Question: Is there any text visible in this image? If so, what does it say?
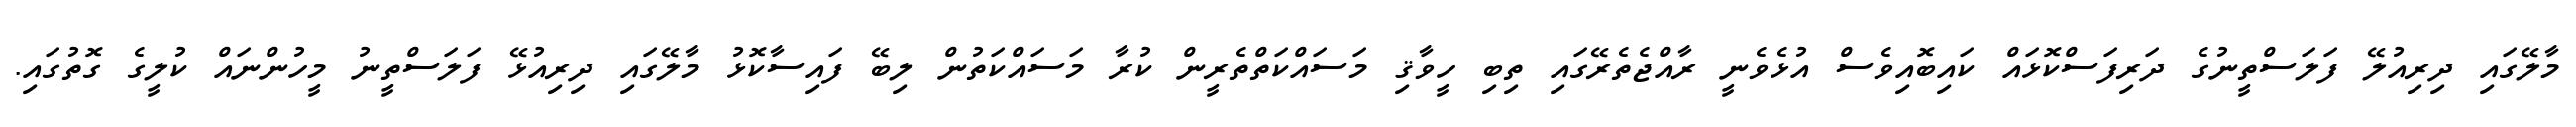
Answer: މާލޭގައި ދިރިއުލޭ ފަލަސްތީނުގެ ދަރިފަސްކޮޅައް ކައިބޮއިވެސް އުޅެވެނީ ރާއްޖެތެރޭގައި ތިބި ހީވާޤި މަސައްކަތްތެރީން ކުރާ މަސައްކަތުން ލިބޭ ފައިސާކޮޅު މާލޭގައި ދިރިއުޅޭ ފަލަސްތީނު މީހުންނައް ކުލީގެ ގޮތުގައި.